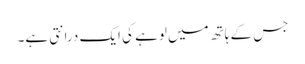
جس کے ہاتھ میں لوہے کی ایک درانتی ہے۔